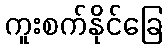
ကူးစက်နိုင်ခြေ